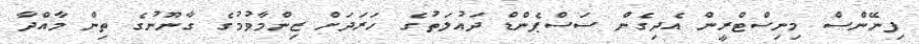
ފިނޭންސް މިނިސްޓްރީން އެދިގެން ސަސްޕެންޑް ދައުލަތުގެ ހަރަދަށް ޒިންމާވުމުގެ ގާނޫނުގެ ތިން މާއްދާ